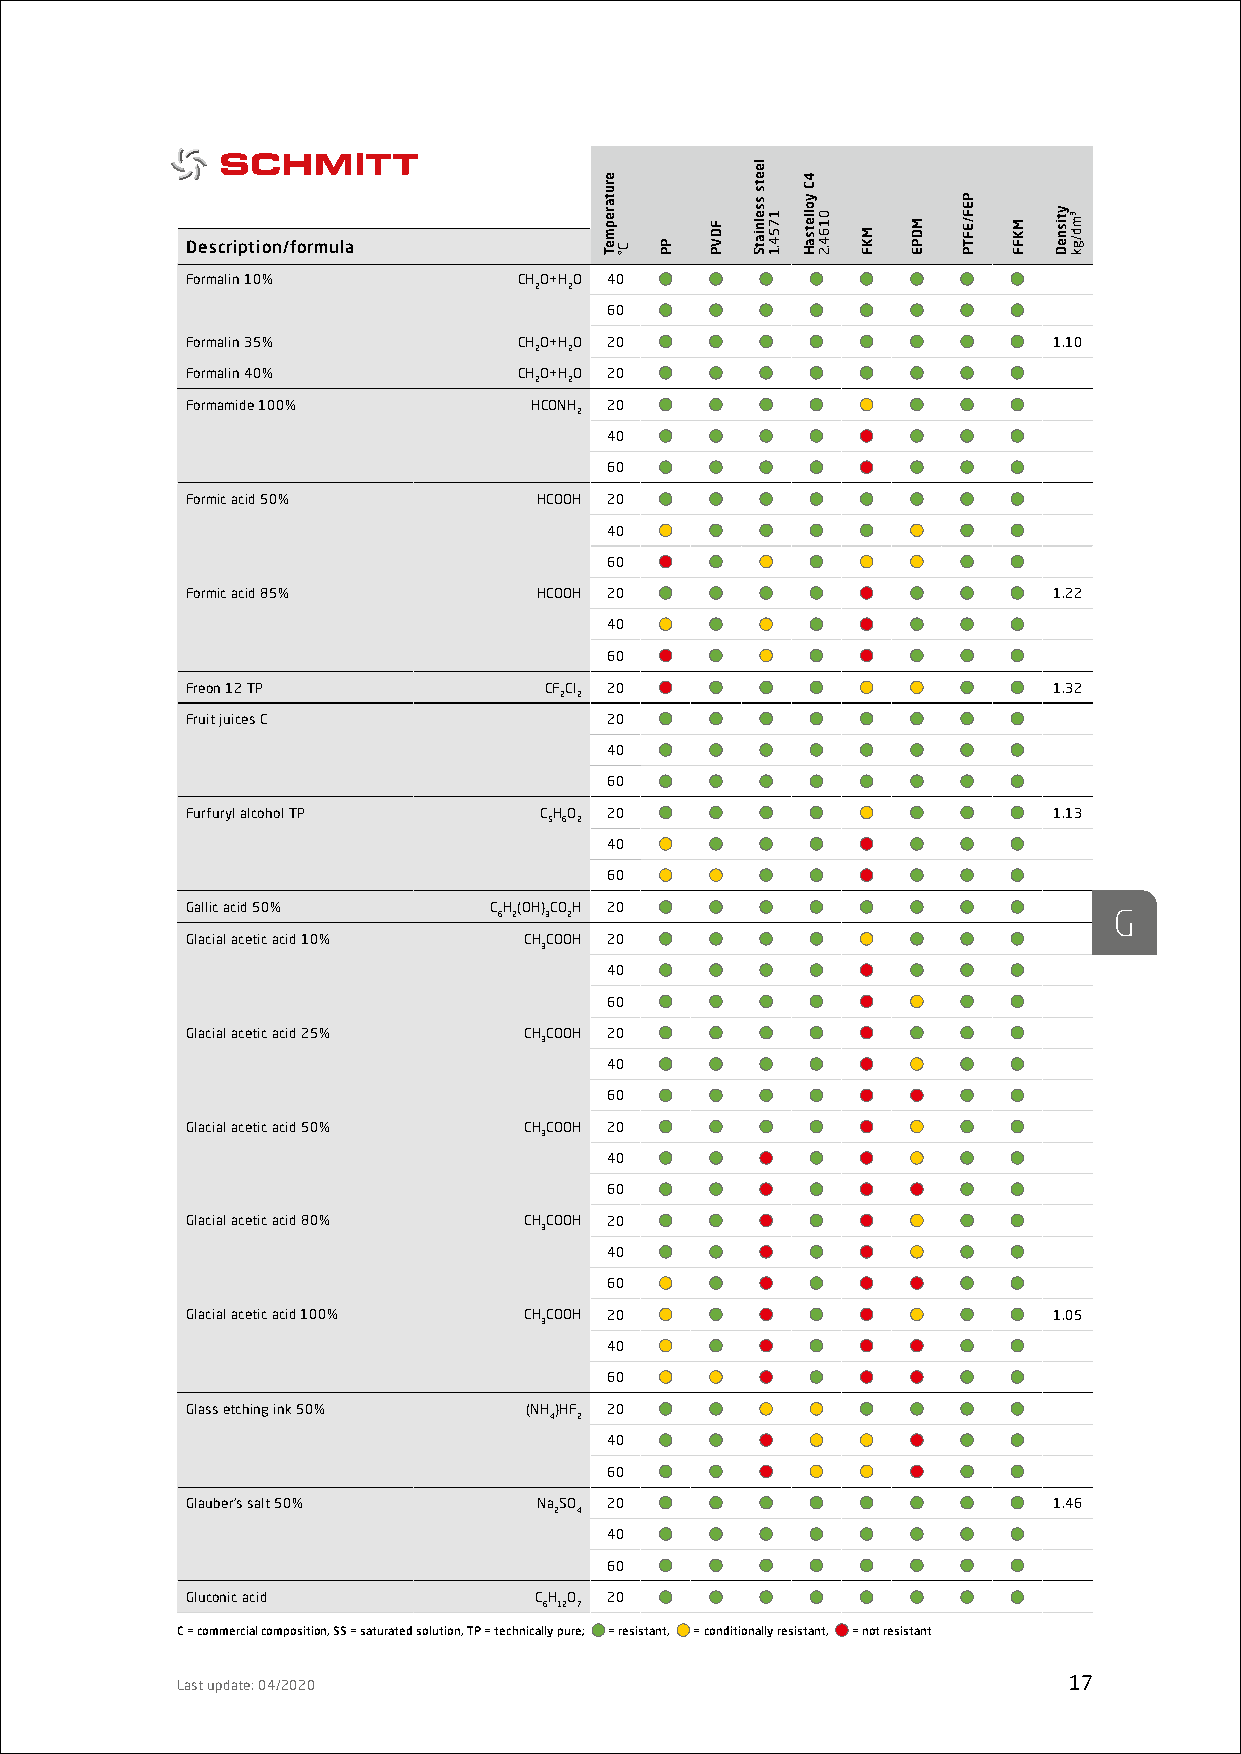
Description/formula
 Formalin 10%          CHO+HO 40
 2  2
 60
 Formalin 35%          CHO+HO 20                           1.10
 2  2
 Formalin 40%          CHO+HO 20
 2  2
 Formamide 100%         HCONH 20
 2
 40
 60
 Formic acid 50%        HCOOH 20
 40
 60
 Formic acid 85%        HCOOH 20                           1.22
 40
 60
 Freon 12 TP             CFCl 20                           1.32
 2 2
 Fruit juices C              20
 40
 60
 Furfuryl alcohol TP     CHO 20                            1.13
 5 6 2
 40
 60
 Gallic acid 50%     CH(OH)COH 20
 6 2 3 2                                  G
 Glacial acetic acid 10% CHCOOH 20
 3
 40
 60
 Glacial acetic acid 25% CHCOOH 20
 3
 40
 60
 Glacial acetic acid 50% CHCOOH 20
 3
 40
 60
 Glacial acetic acid 80% CHCOOH 20
 3
 40
 60
 Glacial acetic acid 100% CHCOOH 20                        1.05
 3
 40
 60
 Glass etching ink 50%  (NH)HF 20
 4 2
 40
 60
 Glauber’s salt 50%      NaSO 20                           1.46
 2 4
 40
 60
 Gluconic acid          CH O 20
 6 12 7
 C = commercial composition, SS = saturated solution, TP = technically pure; = resistant, = conditionally resistant, = not resistant
 Last update: 04/2020                                       17
 erutarepmeT
 C° PP
 FDVP
 leets
 sselniatS
 1754.1
 4C
 yolletsaH
 0164.2
 MKF
 MDPE
 PEF/EFTP
 MKFF
 ytisneD ³md/gk